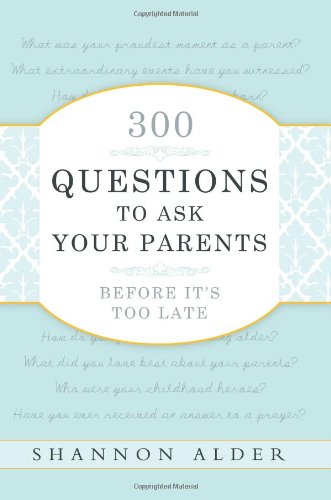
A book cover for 300 Questions to Ask Your Parents Before It's Too Late; Shannon L. Alder; Parenting & Relationships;